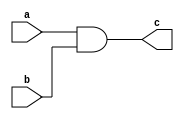
module and_gate_beh(
	input a,
	input b,
	output reg c);

always @(*)
begin
	c = a&b;
end

endmodule